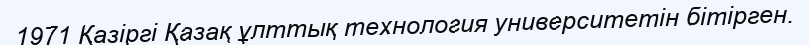
1971 Қазіргі Қазақ ұлттық технология университетін бітірген.